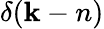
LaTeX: \delta(\mathbf{k}-n)